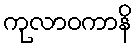
ကုလာဝကာနိ